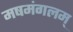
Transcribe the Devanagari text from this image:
मषमंगलम्